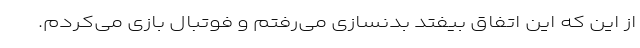
از این که این اتفاق بیفتد بدنسازی می‌رفتم و فوتبال بازی می‌کردم.